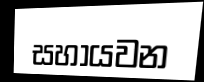
සහායවන